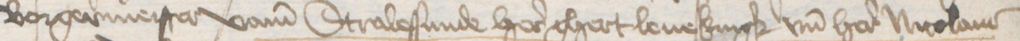
Borgermeister vame Stralessunde here Ghert Leuekingk vnd here Nicolaus